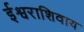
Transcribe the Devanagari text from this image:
ईश्वराशिवाय